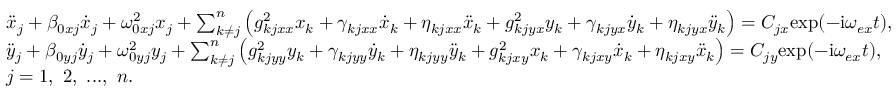
\centering \begin{array} { r l } & { \ddot { x } _ { j } + \beta _ { 0 x j } \dot { x } _ { j } + \omega _ { 0 x j } ^ { 2 } x _ { j } + \sum _ { k \neq j } ^ { n } \left( g _ { k j x x } ^ { 2 } x _ { k } + \gamma _ { k j x x } \dot { x } _ { k } + \eta _ { k j x x } \ddot { x } _ { k } + g _ { k j y x } ^ { 2 } y _ { k } + \gamma _ { k j y x } \dot { y } _ { k } + \eta _ { k j y x } \ddot { y } _ { k } \right) = C _ { j x } \mathrm { e x p } ( - \mathrm { i } \omega _ { e x } t ) , } \\ & { \ddot { y } _ { j } + \beta _ { 0 y j } \dot { y } _ { j } + \omega _ { 0 y j } ^ { 2 } y _ { j } + \sum _ { k \neq j } ^ { n } \left( g _ { k j y y } ^ { 2 } y _ { k } + \gamma _ { k j y y } \dot { y } _ { k } + \eta _ { k j y y } \ddot { y } _ { k } + g _ { k j x y } ^ { 2 } x _ { k } + \gamma _ { k j x y } \dot { x } _ { k } + \eta _ { k j x y } \ddot { x } _ { k } \right) = C _ { j y } \mathrm { e x p } ( - \mathrm { i } \omega _ { e x } t ) , } \\ & { j = 1 , ~ 2 , ~ . . . , ~ n . } \end{array}